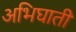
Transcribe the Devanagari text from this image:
अभिघाती